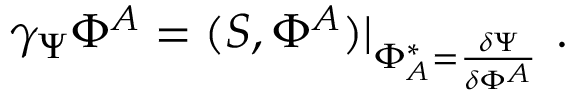
\gamma _ { \Psi } \Phi ^ { A } = ( S , \Phi ^ { A } ) | _ { \Phi _ { A } ^ { * } = \frac { \delta \Psi } { \delta \Phi ^ { A } } } \mathrm { ~ . }